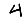
Digit: 4